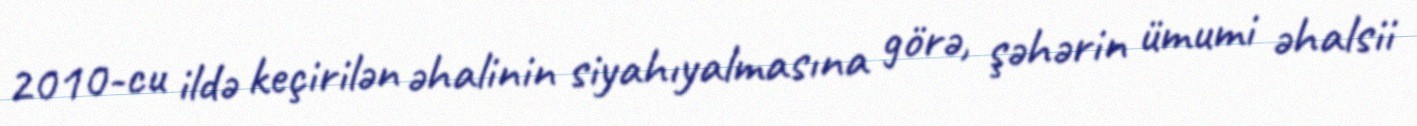
2010-cu ildə keçirilən əhalinin siyahıyalmasına görə, şəhərin ümumi əhalsii